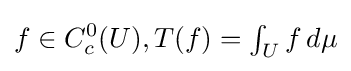
f\in C_{c}^{0}(U),T(f)=\textstyle \int _{U}f\,d\mu